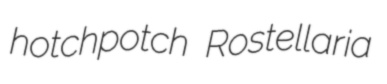
hotchpotch Rostellaria